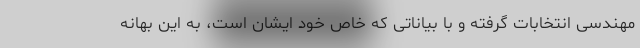
مهندسی انتخابات گرفته و با بیاناتی که خاص خود ایشان است، به این بهانه